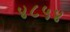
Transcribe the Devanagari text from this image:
४८५४